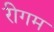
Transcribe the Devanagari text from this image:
रीगम